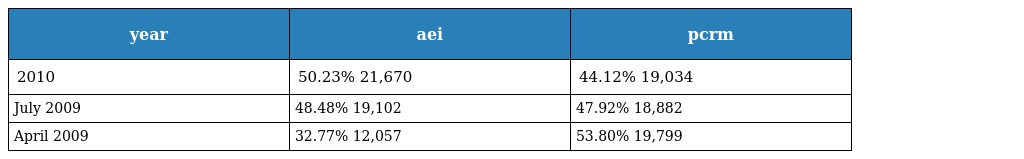
| year | aei | pcrm |
 | --- | --- | --- |
 | 2010 | 50.23% 21,670 | 44.12% 19,034 |
 | July 2009 | 48.48% 19,102 | 47.92% 18,882 |
 | April 2009 | 32.77% 12,057 | 53.80% 19,799 |